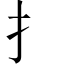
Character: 扌